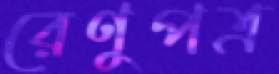
রেণুপত্র